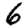
Digit: 6